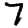
Digit: 7